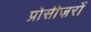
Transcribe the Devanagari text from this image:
प्रोसीज़रों